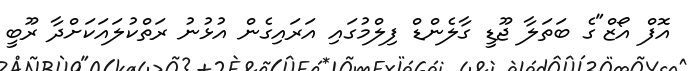
އޮފް އޯޒް"ގެ ބަތަލާ ޖޫޑީ ގާލެންޑް ފިލްމުގައި އަރައިގެން އުޅުނު ރަތްކުލައަކަށްދާ ރޫބީ